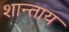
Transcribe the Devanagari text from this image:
शान्ताय